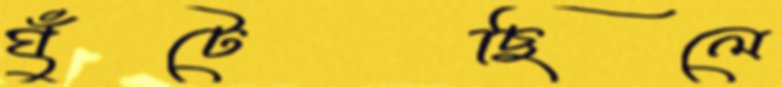
ঘুঁটেছিলে